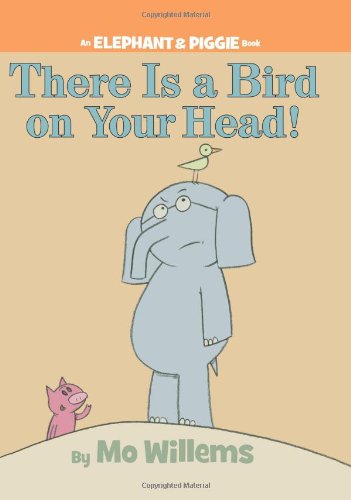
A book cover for There Is a Bird On Your Head! (An Elephant and Piggie Book); Mo Willems; Children's Books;